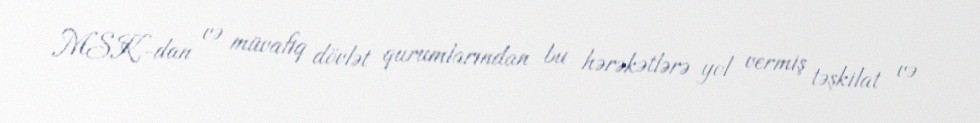
MSK-dan və müvafiq dövlət qurumlarından bu hərəkətlərə yol vermiş təşkilat və